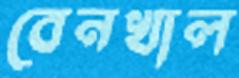
বেনখাল